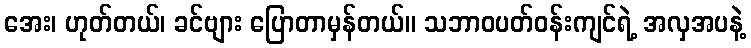
အေး၊ ဟုတ်တယ်၊ ခင်ဗျား ပြောတာမှန်တယ်။ သဘာဝပတ်ဝန်းကျင်ရဲ့ အလှအပနဲ့